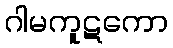
ဂါမကူဋကော